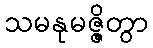
သမနုမဇ္ဇိတွာ